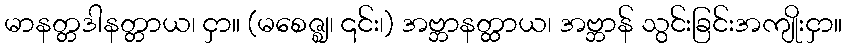
မာနတ္တဒါနတ္တာယ၊ ငှာ။ (မစေဇ္ဈ၊ ၎င်း၊) အဗ္ဘာနတ္ထာယ၊ အဗ္ဘာန် သွင်းခြင်းအကျိုးငှာ။